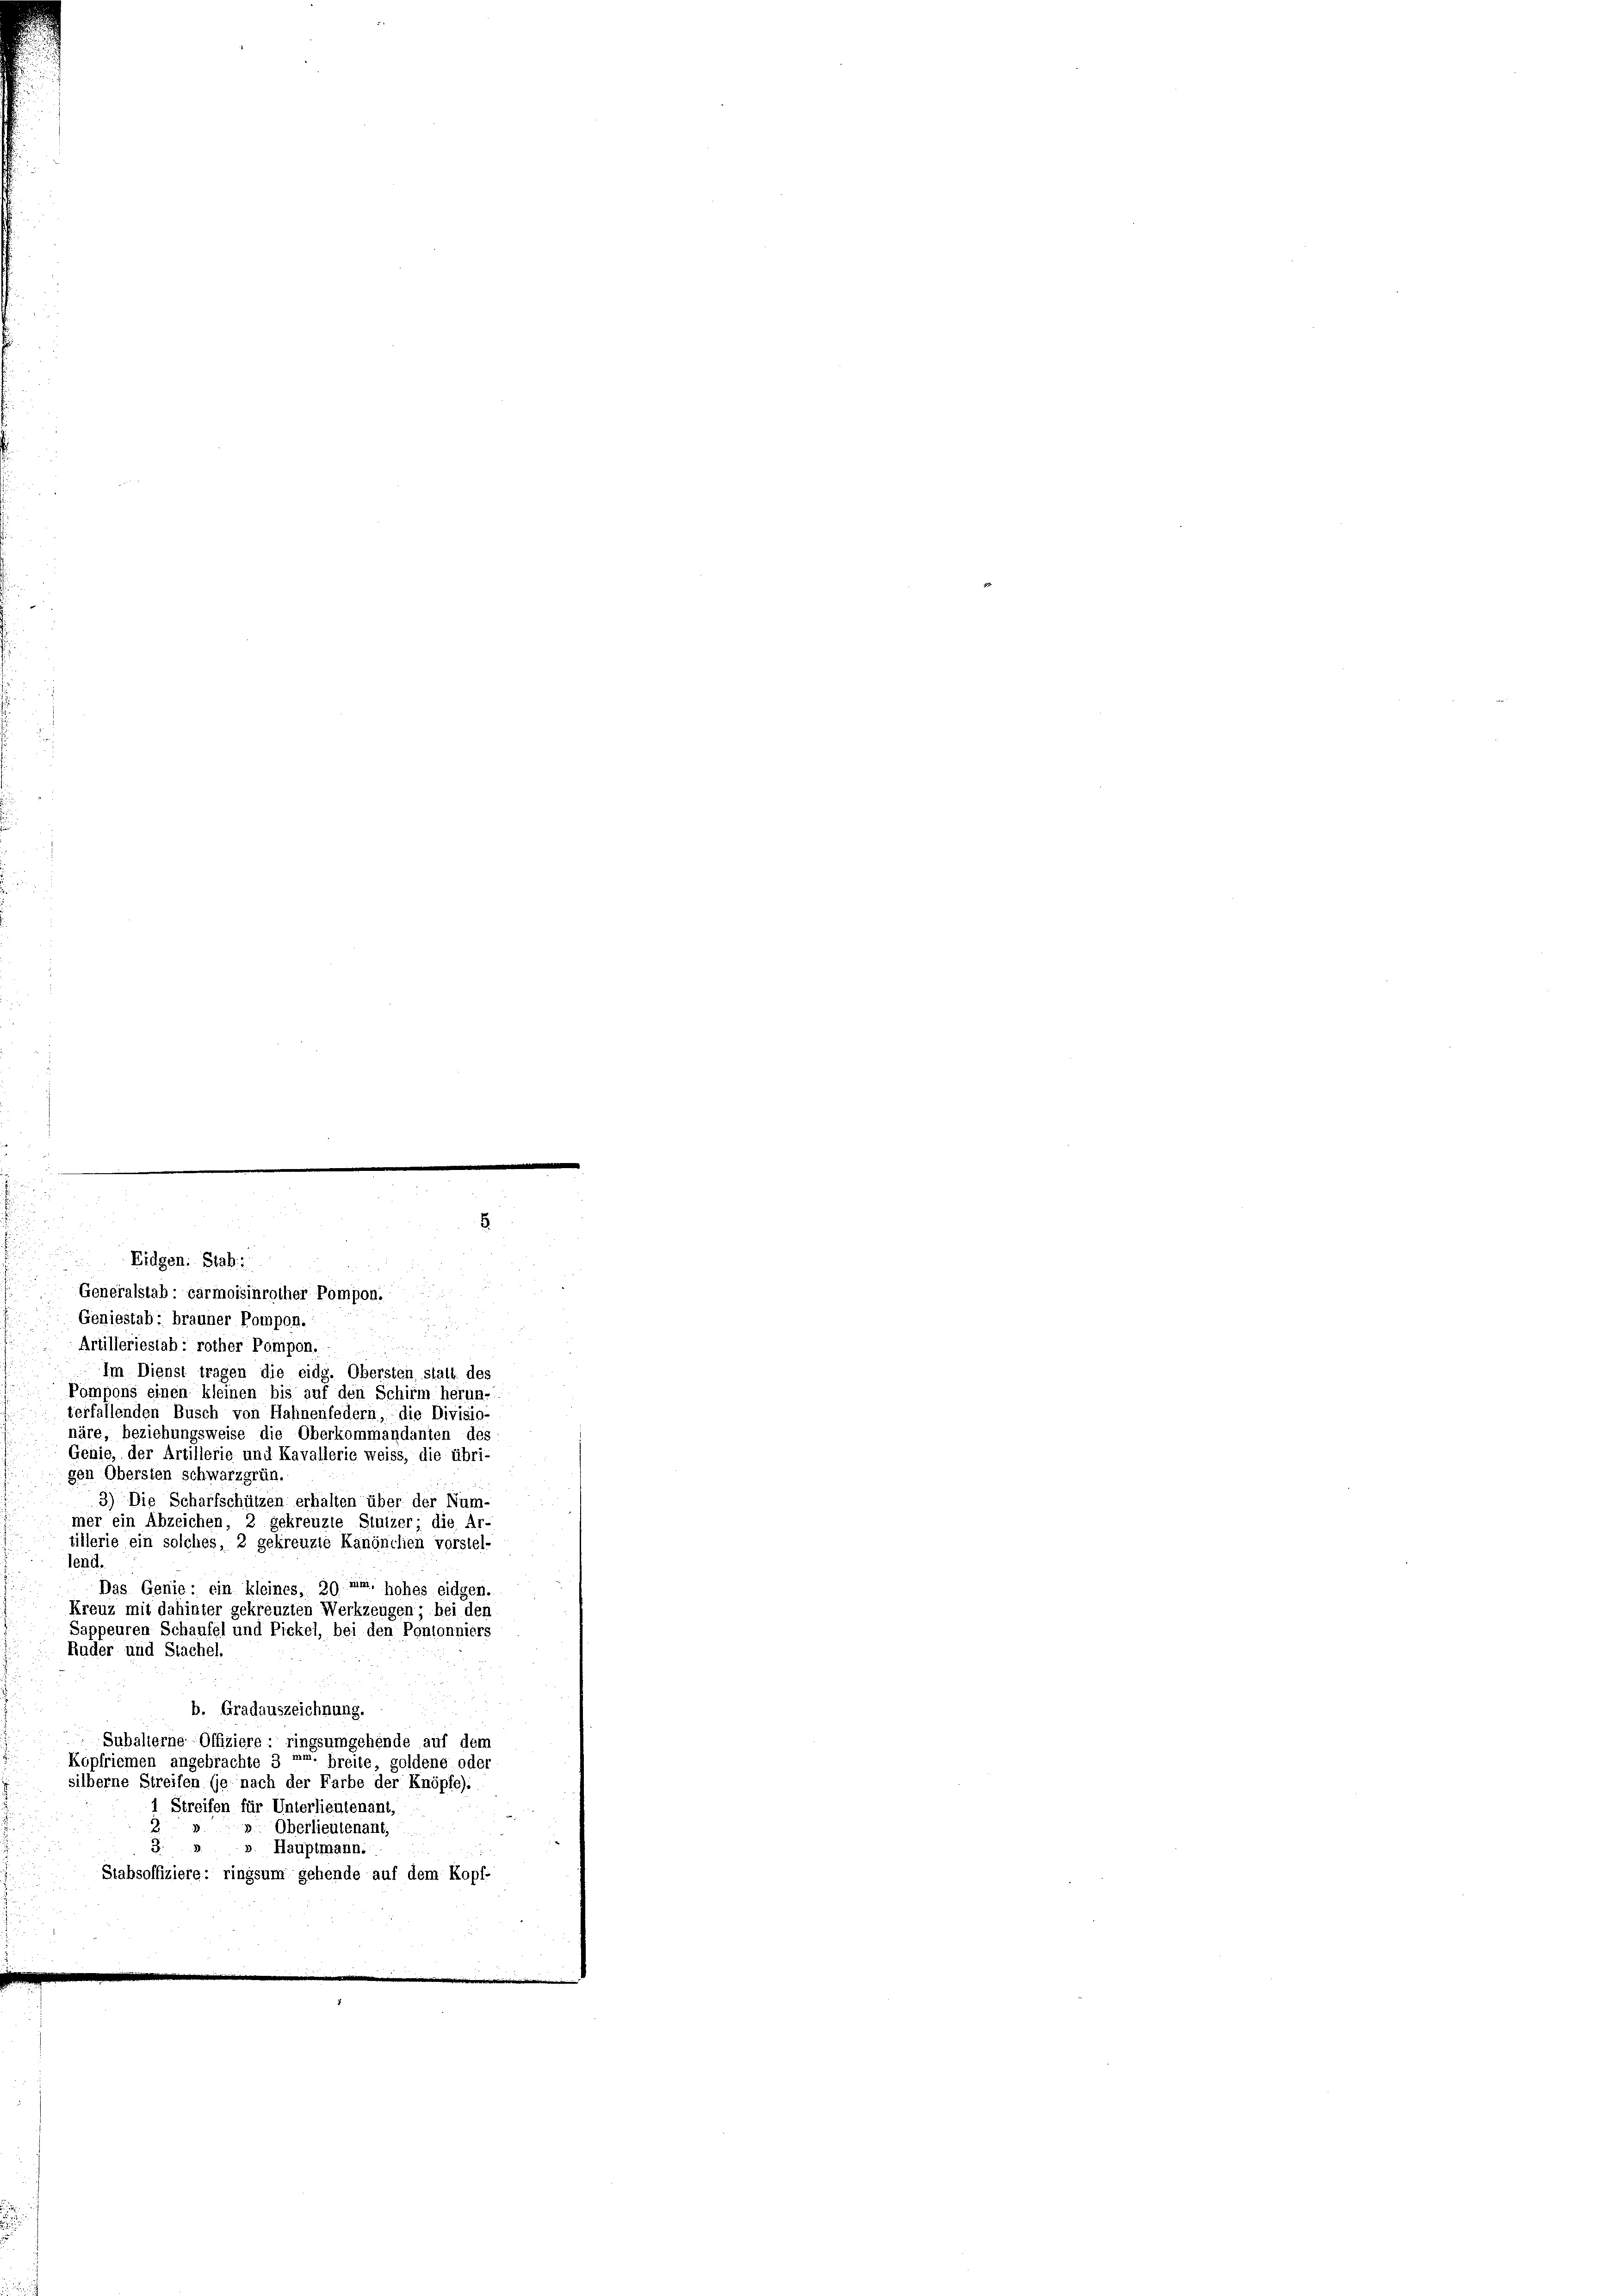
Eidgen: Stab:
Geniestab; brauner Pompon.
8
Artilleriestab, rother Pompon.
Im Dienst tragen die eidg. Obersten stalt des
Pompons einen kleinen bis auf den Schirm herun-
terfallenden Busch von Hahnenfedern – die Divisio-
näre, beziehungsweise die Oberkommandanten des
Genie, der Artillerie und Kavallerie weiss, die übri-
gen Obersien schwarzgrün
3) Die Scharfschützen erhalten über der Num-
mer ein Abzeichen, 2 gekreuzte Stutzer; die Ar-
tillerie ein solches, 2 gekreuzte Kanonilien vorstel-
lend.
Das Genie, ein kleines, 29 um, hohes eidgen.
Kreuz mit dahinter gekreuzten Werkzeugen bei den
Sappeuren Schaufel und Pickel, bei den Pontonniers
Ruder und Stachel.
b. Gradauszeichnung.
Subalterne Offiziere ringsumgehende auf dem
Köpfriemen angebrachte 3 pr. breite, goldene oder
silberne Streifen (je nach der Farbe der Knöpfe):
1 Streifen für Unterlieutenant,
Oberlieutenant,
J. » ». Hauptmann.
Stabsoffiziere: ringsum gehende auf dem Kopf-

8
Generalstab carmoisinrother Pompon.
d